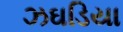
ઝઘડિયા